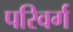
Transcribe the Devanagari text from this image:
परिवर्ग